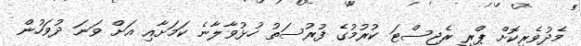
މެދުވެރިކޮށް ޕްރީ ރެޖިސްޓަ ކުރުމުގެ ފުރުސަތު ހުޅުވާލާނެ ކަމަށާއި އަށް ވަނަ ދުވަހުން